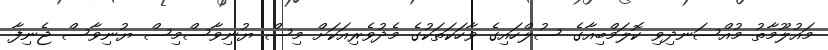
މައުލޫމާތު މުއްސަނދިވި ކޮލަމްބިއާގެ ސުލްހައިގެ ވާހަކަތަކުގެ މެދުވެރިއަކަށް މިސް ޔުނިވާސްމިސް ޔުނިވާސް ޖެނިފާ